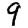
Digit: 9